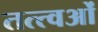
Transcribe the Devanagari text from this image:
तत्त्वओं